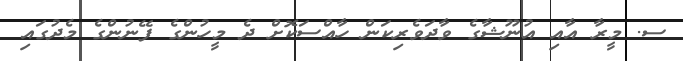
ސ. މީރާ އާއި އުނޫޝާގެ ވާދަވެރިކަން ހާއްސަކޮށް ދެ މީހުންގެ ފޭނުންގެ މެދުގައި